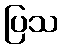
ပြသ